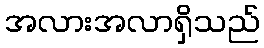
အလားအလာရှိသည်